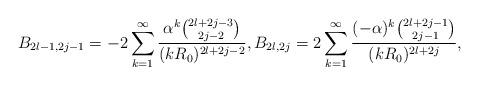
LaTeX: \begin{align*} B_{2l-1,2j-1}=-2\sum_{k=1}^\infty\frac{\alpha^k{{2l+2j-3}\choose {2j-2}}}{(kR_0)^{2l+2j-2}},B_{2l,2j}=2\sum_{k=1}^\infty\frac{(-\alpha)^k{{2l+2j-1}\choose {2j-1}}}{(kR_0)^{2l+2j}},\end{align*}